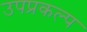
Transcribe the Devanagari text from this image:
उपप्रकल्प